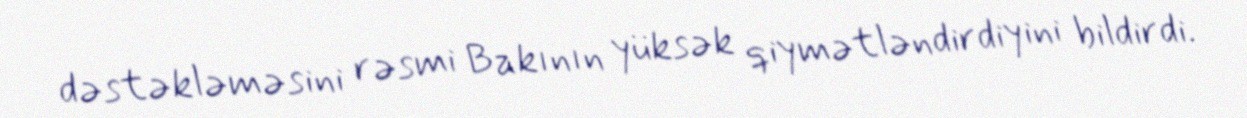
dəstəkləməsini rəsmi Bakının yüksək qiymətləndirdiyini bildirdi.